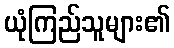
ယုံကြည်သူများ၏